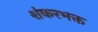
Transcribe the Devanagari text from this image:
शंकरभक्त